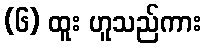
(၆) ထူး ဟူသည်ကား